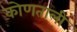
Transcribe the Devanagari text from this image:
कोणताली